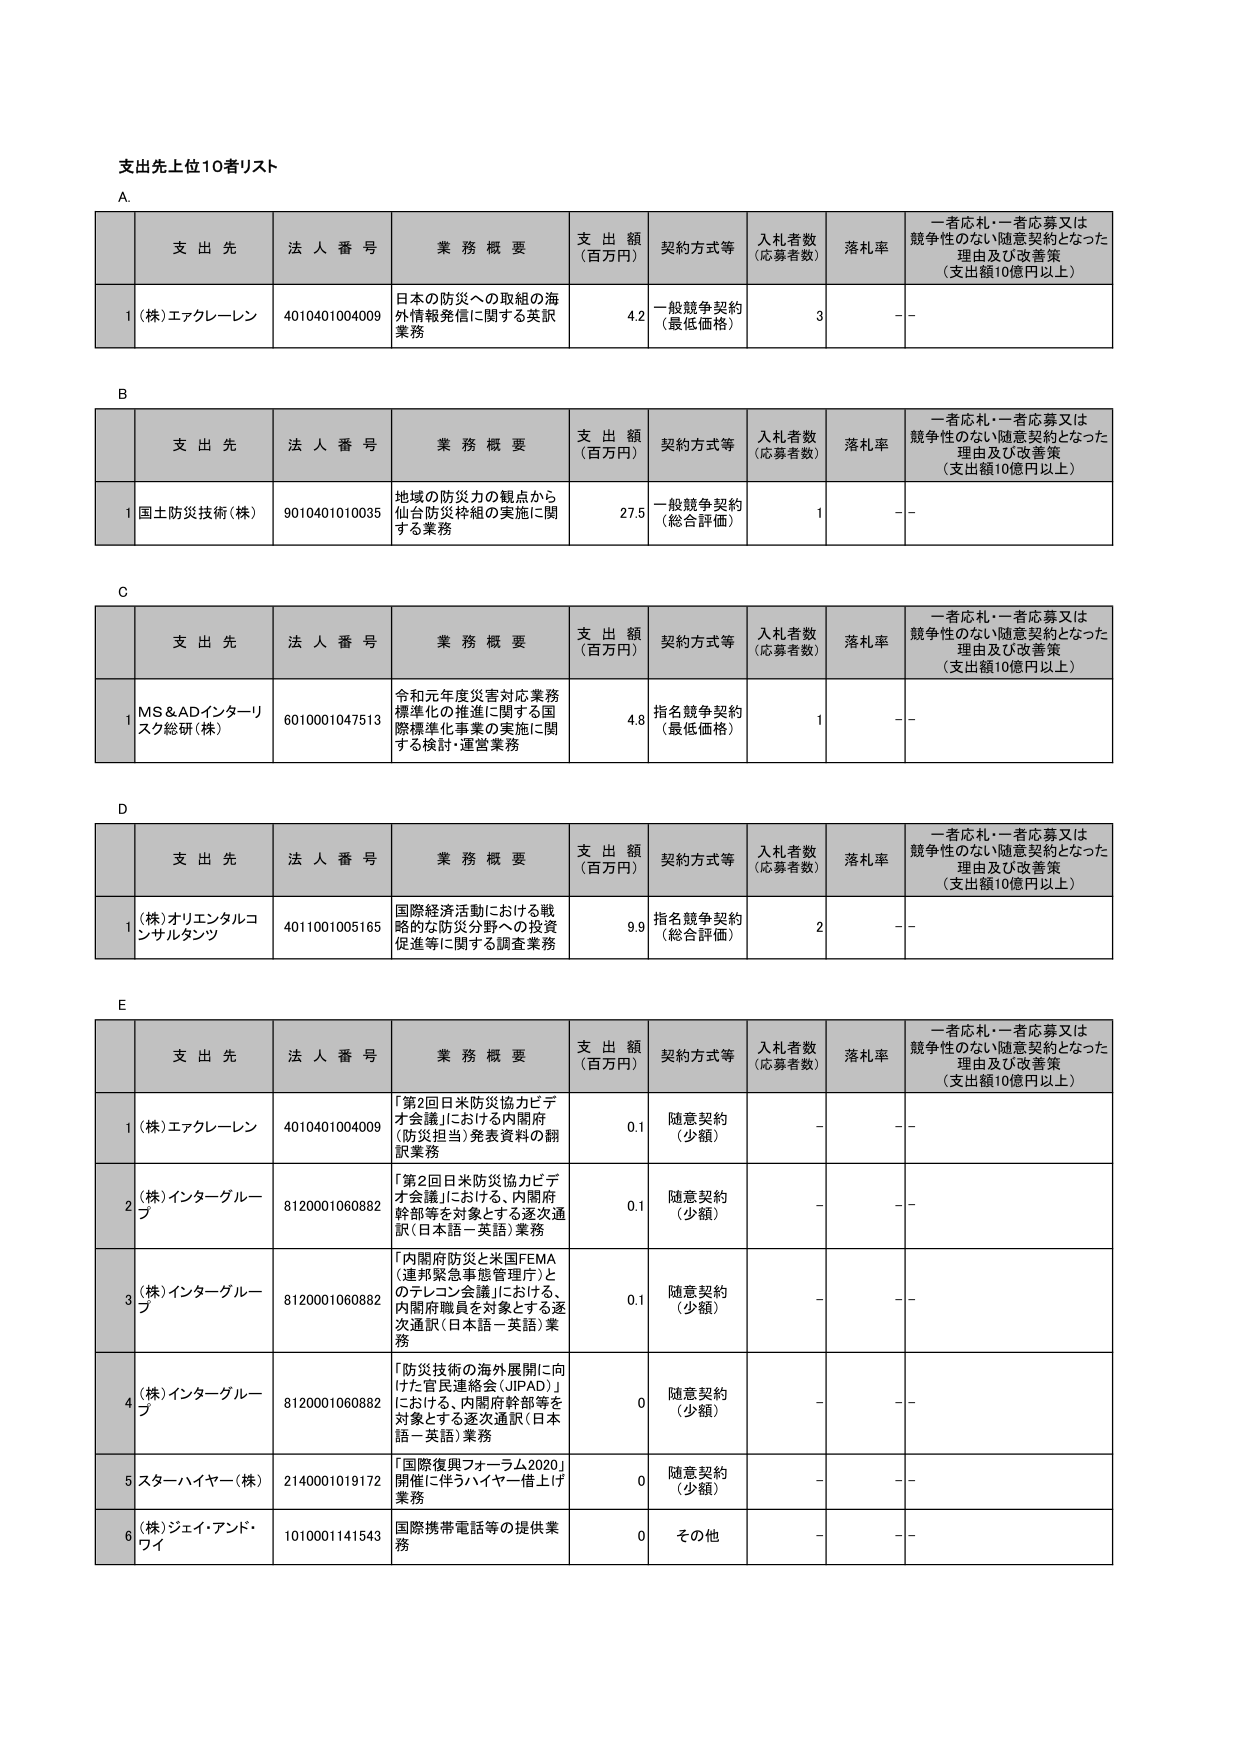
支出先上位10者リスト

A.
支 出 先 法 人 番 号 業 務 概 要 支 出 額 （百万円） 契約方式等 入札者数 （応募者数） 落札率 一者応札・一者応募又は 競争性のない随意契約となった 理由及び改善策 （支出額10億円以上）
1 (株)エアクレーレン 4010401004009 日本の防災への取組の海 外情報発信に関する英訳 業務 4.2 一般競争契約 （最低価格） 3 －－

B
支 出 先 法 人 番 号 業 務 概 要 支 出 額 （百万円） 契約方式等 入札者数 （応募者数） 落札率 一者応札・一者応募又は 競争性のない随意契約となった 理由及び改善策 （支出額10億円以上）
1 国土防災技術(株) 9010401010035 地域の防災力の観点から 仙台防災枠組の実施に関 する業務 27.5 一般競争契約 （総合評価） 1 －－

C
支 出 先 法 人 番 号 業 務 概 要 支 出 額 （百万円） 契約方式等 入札者数 （応募者数） 落札率 一者応札・一者応募又は 競争性のない随意契約となった 理由及び改善策 （支出額10億円以上）
1 MS&ADインターリ スク総研(株) 6010001047513 令和元年度災害対応業務 標準化の推進に関する国 際標準化事業の実施に関 する検討・運営業務 4.8 指名競争契約 （最低価格） 1 －－

D
支 出 先 法 人 番 号 業 務 概 要 支 出 額 （百万円） 契約方式等 入札者数 （応募者数） 落札率 一者応札・一者応募又は 競争性のない随意契約となった 理由及び改善策 （支出額10億円以上）
1 (株)オリエンタルコ ンサルタンツ 4011001005165 国際経済活動における戦 略的な防災分野への投資 促進等に関する調査業務 9.9 指名競争契約 （総合評価） 2 －－

E
支 出 先 法 人 番 号 業 務 概 要 支 出 額 （百万円） 契約方式等 入札者数 （応募者数） 落札率 一者応札・一者応募又は 競争性のない随意契約となった 理由及び改善策 （支出額10億円以上）
1 (株)エアクレーレン 4010401004009 「第2回日米防災協力ビデ オ会議」における内閣府 （防災担当）発表資料の翻 訳業務 0.1 随意契約 （少額） － －－
2 (株)インターグループ 8120001060882 「第2回日米防災協力ビデ オ会議」における、内閣府 幹部等を対象とする逐次通 訳（日本語－英語）業務 0.1 随意契約 （少額） － －－
3 (株)インターグループ 8120001060882 「内閣府防災と米国FEMA （連邦緊急事態管理庁）と のテレコン会議」における、 内閣府職員を対象とする逐 次通訳（日本語－英語）業 務 0.1 随意契約 （少額） － －－
4 (株)インターグループ 8120001060882 「防災技術の海外展開に向 けた官民連絡会（JIPAD）」 における、内閣府幹部等を 対象とする逐次通訳（日本 語－英語）業務 0 随意契約 （少額） － －－
5 スターハイヤー(株) 2140001019172 「国際復興フォーラム2020」 開催に伴うハイヤー借上げ 業務 0 随意契約 （少額） － －－
6 (株)ジェイ・アンド・ ワイ 1010001141543 国際携帯電話等の提供業 務 0 その他 － －－